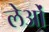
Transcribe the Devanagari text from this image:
लेओं